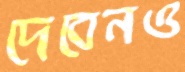
দেবেনও